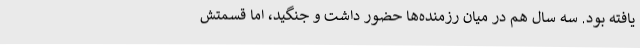
یافته بود. سه سال هم در میان رزمنده‌ها حضور داشت و جنگید، اما قسمتش